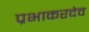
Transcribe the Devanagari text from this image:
प्रभाकरदेव